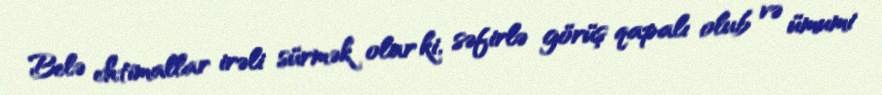
Belə ehtimallar irəli sürmək olar ki, səfirlə görüş qapalı olub və ümumi